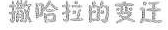
撒哈拉的变迁